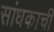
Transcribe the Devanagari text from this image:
सांधकाची